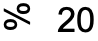
% 20